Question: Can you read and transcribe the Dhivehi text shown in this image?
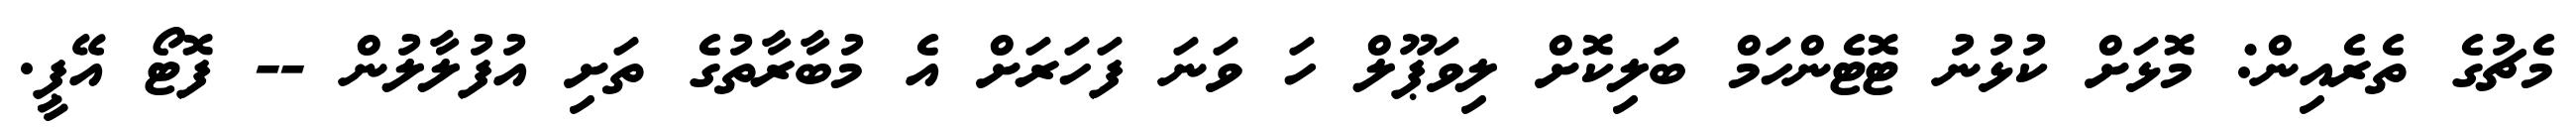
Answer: މެޗުގެ ތެރެއިން: މޮޅަށް ކުޅުނު ޓޮޓެންހަމް ބަލިކޮށް ލިވަޕޫލް ހަ ވަނަ ފަހަރަށް އެ މުބާރާތުގެ ތަށި އުފުލާލުން -- ފޮޓޯ އޭޕީ.